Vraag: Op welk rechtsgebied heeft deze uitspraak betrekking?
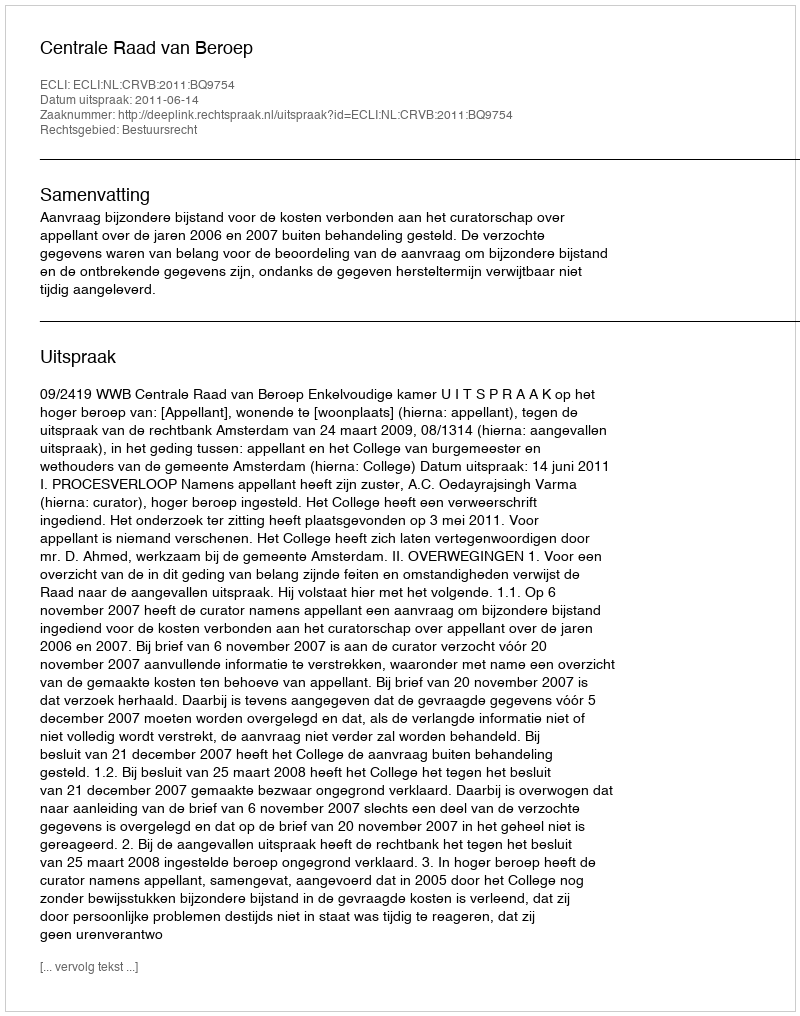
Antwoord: Bestuursrecht